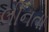
લીનતા